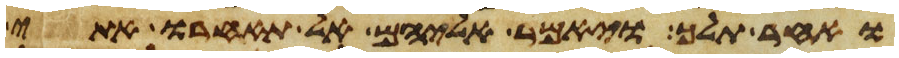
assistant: ואחר תלך ויאמר אליהם אל תאחרו אתי